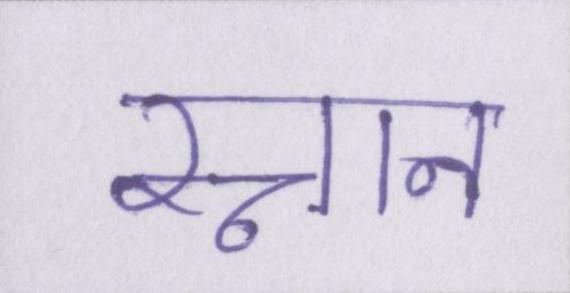
स्नान